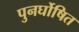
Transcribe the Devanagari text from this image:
पुनर्घोषित